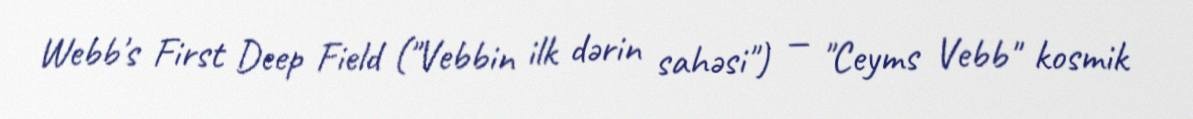
Webb's First Deep Field ("Vebbin ilk dərin sahəsi") — "Ceyms Vebb" kosmik